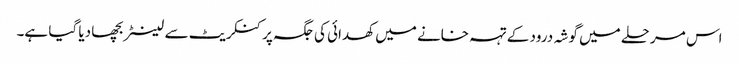
اس مرحلے میں گوشہ درود کے تہہ خانے میں کھدائی کی جگہ پر کنکریٹ سے لینٹر بچھا دیا گیا ہے۔